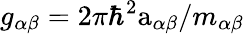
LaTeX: g_{\alpha\beta}=2\pi\hbar^{2}\mathrm{a}_{\alpha\beta}/m_{\alpha\beta}